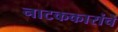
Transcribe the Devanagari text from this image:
नाटककारांचे